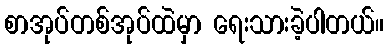
စာအုပ်တစ်အုပ်ထဲမှာ ရေးသားခဲ့ပါတယ်။